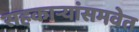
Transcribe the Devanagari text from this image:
सहकार्‍यांसमवेत